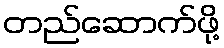
တည်ဆောက်ဖို့